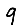
Digit: 9